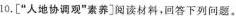
10.[”人地协调观”素养]阅读材料，回答下列问题。